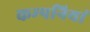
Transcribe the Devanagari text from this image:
कम्‍पनियां